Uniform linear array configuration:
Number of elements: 16
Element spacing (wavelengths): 0.5
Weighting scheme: hann
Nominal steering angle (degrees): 60
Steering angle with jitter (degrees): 61.706
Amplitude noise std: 0.05
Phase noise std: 0.05

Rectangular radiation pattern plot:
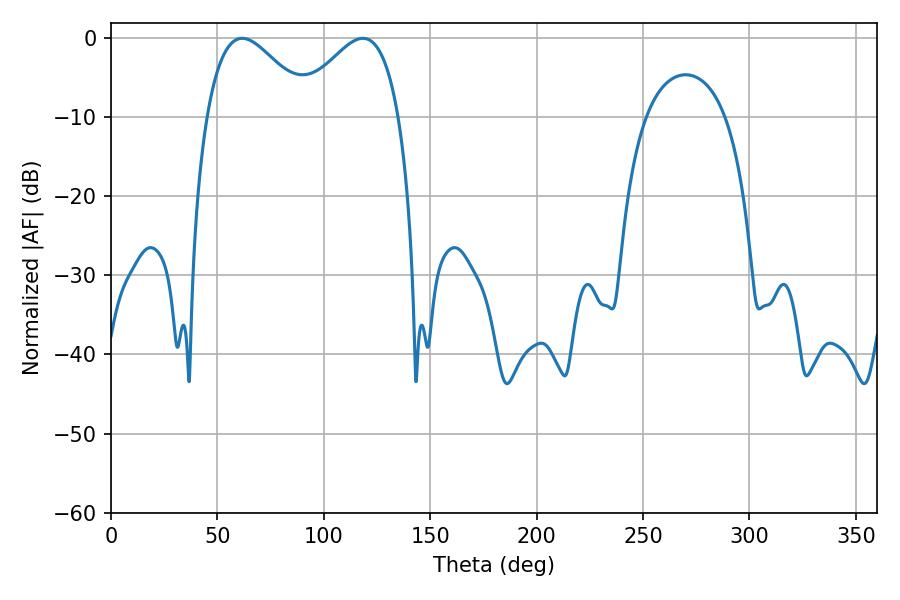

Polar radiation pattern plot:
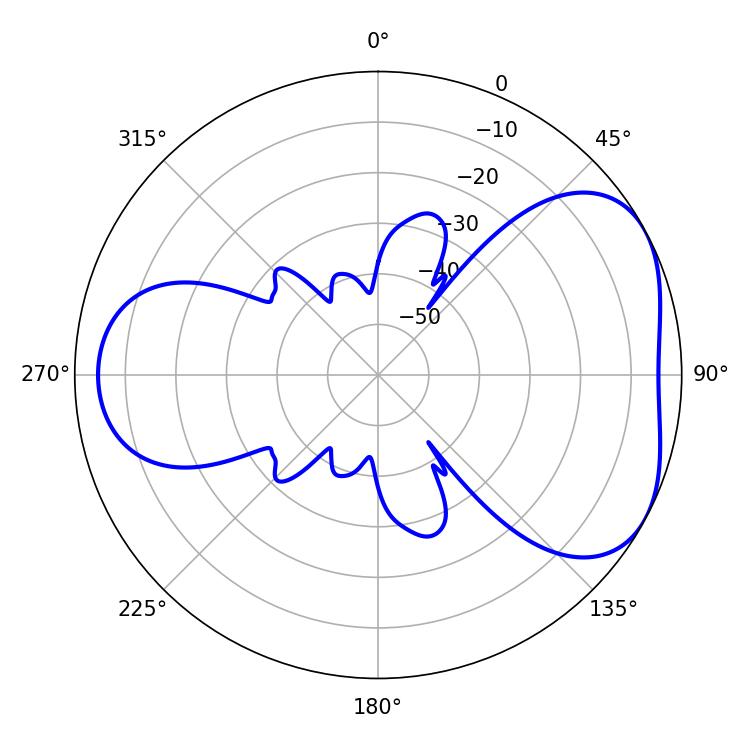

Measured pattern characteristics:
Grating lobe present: FALSE
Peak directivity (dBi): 4.571
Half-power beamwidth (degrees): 26.28
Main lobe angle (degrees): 61.56